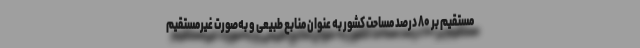
مستقیم بر ۸۰ درصد مساحت کشور به عنوان منابع طبیعی و به‌صورت غیرمستقیم